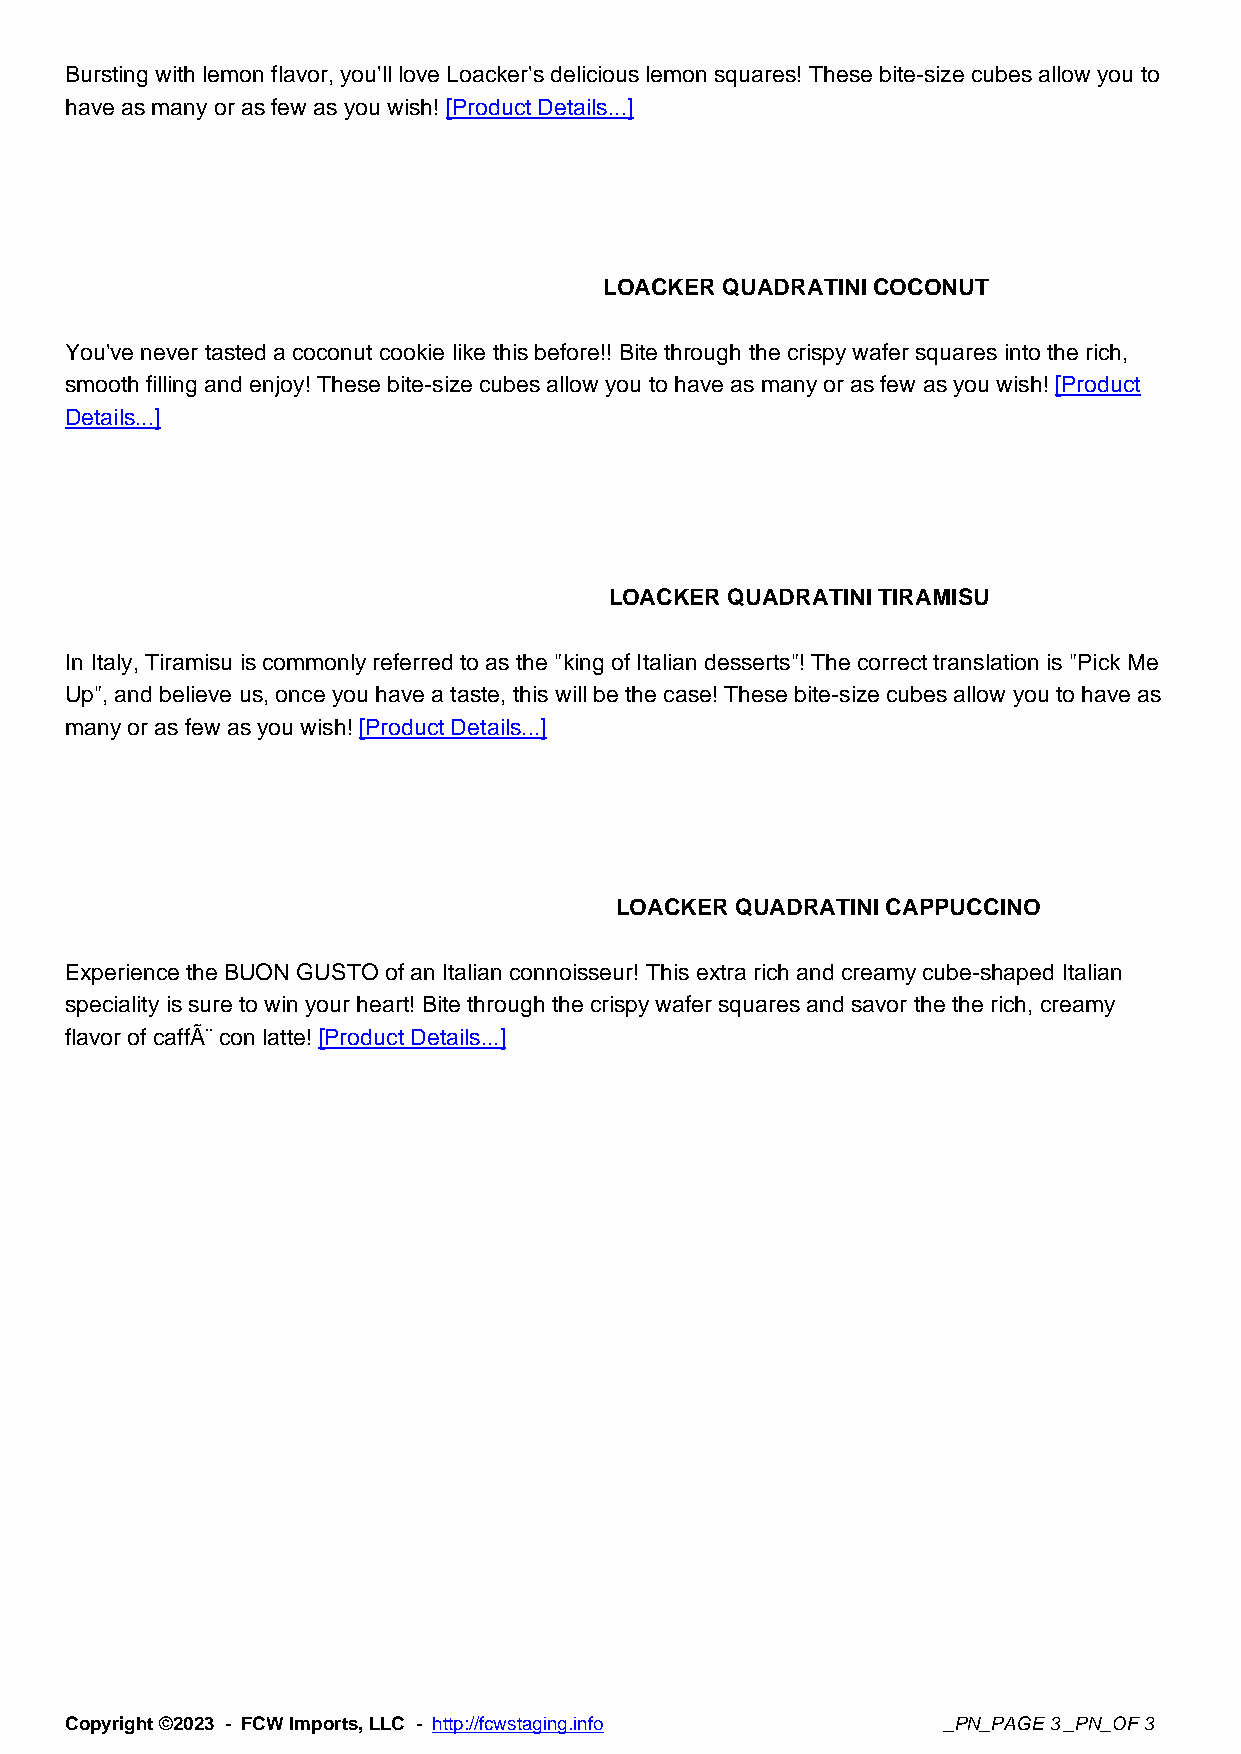
Bursting with lemon flavor, you'll love Loacker's delicious lemon squares! These bite-size cubes allow you to
 have as many or as few as you wish! [Product Details...]
 LOACKER QUADRATINI COCONUT
 You've never tasted a coconut cookie like this before!! Bite through the crispy wafer squares into the rich,
 smooth filling and enjoy! These bite-size cubes allow you to have as many or as few as you wish! [Product
 Details...]
 LOACKER QUADRATINI TIRAMISU
 In Italy, Tiramisu is commonly referred to as the "king of Italian desserts"! The correct translation is "Pick Me
 Up", and believe us, once you have a taste, this will be the case! These bite-size cubes allow you to have as
 many or as few as you wish! [Product Details...]
 LOACKER QUADRATINI CAPPUCCINO
 Experience the BUON GUSTO of an Italian connoisseur! This extra rich and creamy cube-shaped Italian
 speciality is sure to win your heart! Bite through the crispy wafer squares and savor the the rich, creamy
 flavor of caffÃ¨ con latte! [Product Details...]
 Copyright ©2023 - FCW Imports, LLC - http://fcwstaging.info _PN_PAGE 3 _PN_OF 3